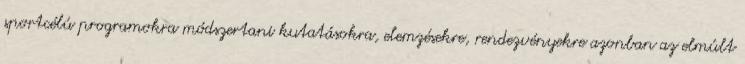
sportcélú programokra módszertani kutatásokra, elemzésekre, rendezvényekre azonban az elmúlt